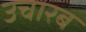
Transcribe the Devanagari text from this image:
उचारब